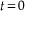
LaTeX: \scriptstyle t \, = \, 0